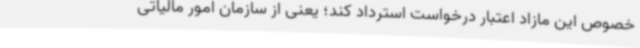
خصوص این مازاد اعتبار درخواست استرداد کند؛ یعنی از سازمان امور مالیاتی